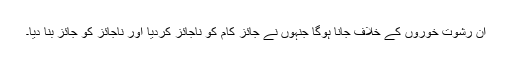
ان رشوت خوروں کے خلاف جانا ہوگا جنہوں نے جائز کام کو ناجائز کردیا اور ناجائز کو جائز بنا دیا۔